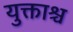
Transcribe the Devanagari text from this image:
युक्ताश्च